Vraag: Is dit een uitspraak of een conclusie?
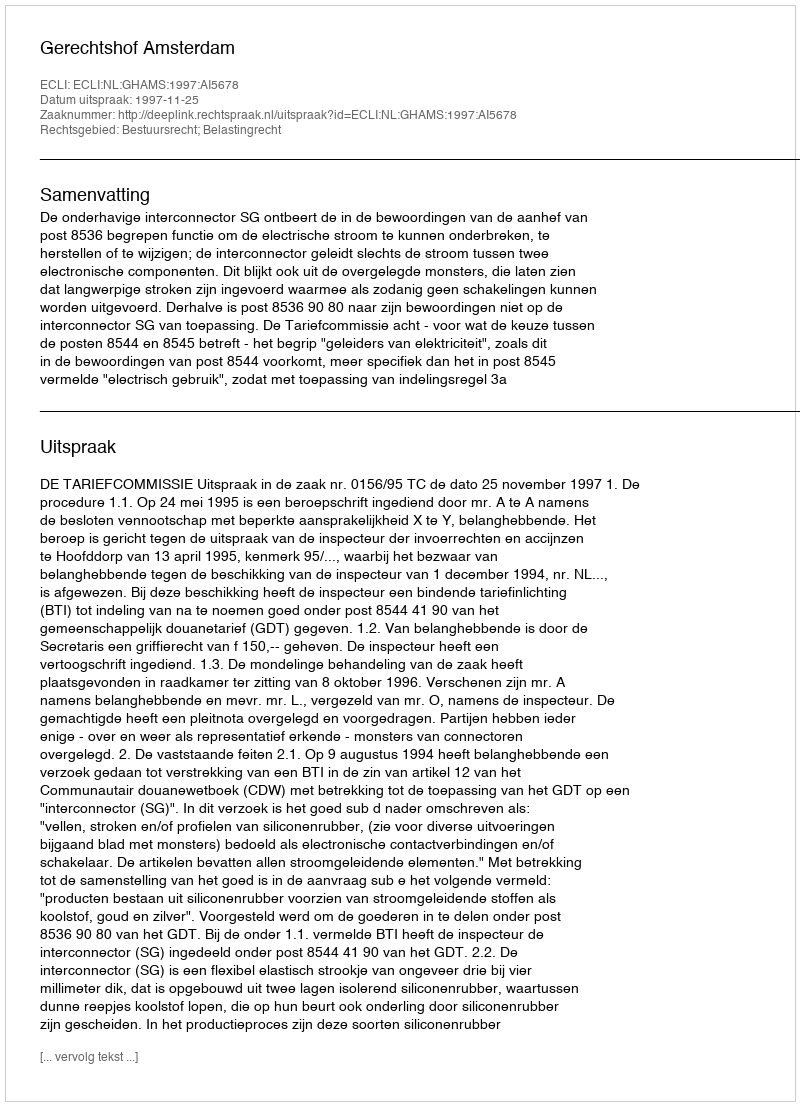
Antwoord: Uitspraak